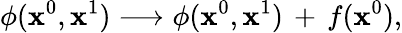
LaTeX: \phi(\mathbf{x}^{0},\mathbf{x}^{1})\longrightarrow\phi(\mathbf{x}^{0},\mathbf{x}^{1})\, +\, f(\mathbf{x}^{0}),